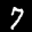
Label: 7